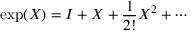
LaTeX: \exp ( X ) = I + X + { \frac { 1 } { 2 ! } } X ^ { 2 } + \cdots